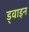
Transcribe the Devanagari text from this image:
ड्वाइन